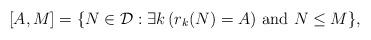
LaTeX: \begin{align*}[A,M]=\{N\in \mathcal{D}:\exists k\,(r_k(N)=A)\mathrm{\ and\ } N\le M\},\end{align*}